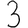
Digit: 3